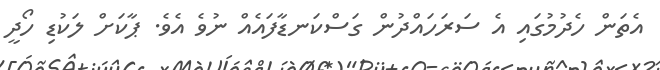
އެތަން ހެދުމުގައި އެ ސަރަހައްދުން ގަސްކަނޑާފައެއް ނުވެ އެވެ. ޕާކަށް ލަކުޑި ހޯދީ